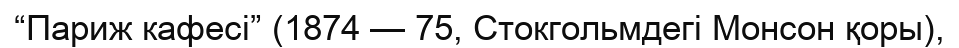
“Париж кафесі” (1874 — 75, Стокгольмдегі Монсон қоры),